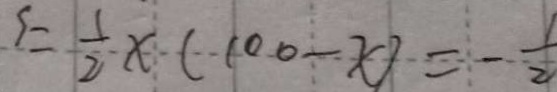
s = \frac { 1 } { 2 } x ( 1 0 0 - x ) = - \frac { 1 } { 2 }